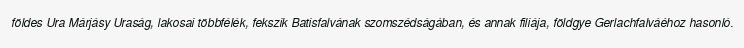
földes Ura Márjásy Uraság, lakosai többfélék, fekszik Batisfalvának szomszédságában, és annak filiája, földgye Gerlachfalváéhoz hasonló.